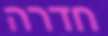
חדרה